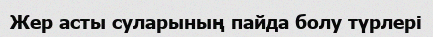
Жер асты суларының пайда болу түрлері